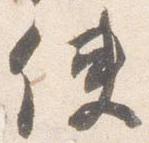
使